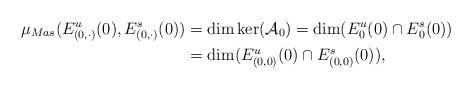
LaTeX: \begin{align*}\mu_{Mas}(E^u_{(0,\cdot)}(0),E^s_{(0,\cdot)}(0))&=\dim\ker(\mathcal{A}_0)=\dim(E^u_0(0)\cap E^s_0(0))\\&=\dim(E^u_{(0,0)}(0)\cap E^s_{(0,0)}(0)),\end{align*}